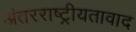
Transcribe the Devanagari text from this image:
अंतरराष्ट्रीयतावाद